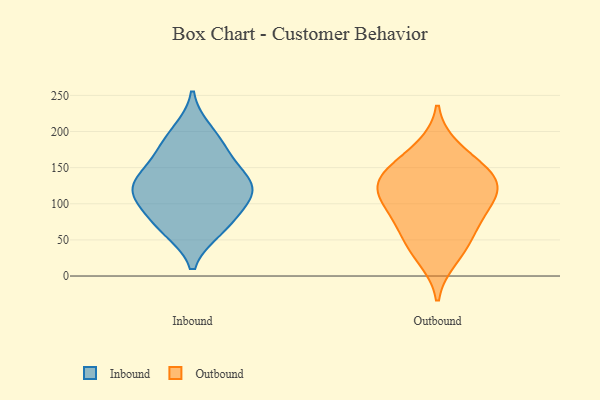
{"axis": {"x": "Net Income (USD K)", "y": "Value"}, "legend": ["Inbound", "Outbound"], "data": [{"x": "", "y": 167, "type": "Inbound"}, {"x": "", "y": 79, "type": "Inbound"}, {"x": "", "y": 129, "type": "Inbound"}, {"x": "", "y": 109, "type": "Inbound"}, {"x": "", "y": 144, "type": "Inbound"}, {"x": "", "y": 119, "type": "Inbound"}, {"x": "", "y": 181, "type": "Inbound"}, {"x": "", "y": 120, "type": "Inbound"}, {"x": "", "y": 65, "type": "Inbound"}, {"x": "", "y": 200, "type": "Inbound"}, {"x": "", "y": 68, "type": "Inbound"}, {"x": "", "y": 117, "type": "Inbound"}, {"x": "", "y": 25, "type": "Outbound"}, {"x": "", "y": 177, "type": "Outbound"}, {"x": "", "y": 124, "type": "Outbound"}, {"x": "", "y": 45, "type": "Outbound"}, {"x": "", "y": 109, "type": "Outbound"}, {"x": "", "y": 136, "type": "Outbound"}, {"x": "", "y": 60, "type": "Outbound"}, {"x": "", "y": 123, "type": "Outbound"}, {"x": "", "y": 88, "type": "Outbound"}, {"x": "", "y": 88, "type": "Outbound"}, {"x": "", "y": 154, "type": "Outbound"}, {"x": "", "y": 137, "type": "Outbound"}]}